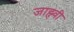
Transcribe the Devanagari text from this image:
जाह्न्वी